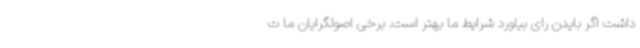
داشت اگر بایدن رای بیاورد شرایط ما بهتر است. برخی اصولگرایان ما ت